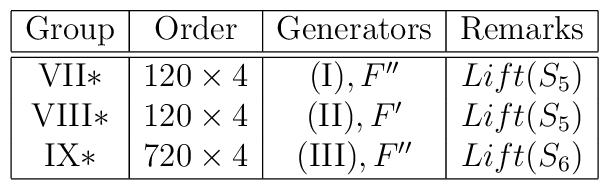
\begin{array}{|c|c|c|c|}\hline$Group$	& $Order$	& $Generators$ 	& $Remarks$ \\\hline \hline$VII$*	& 120\times 4	& ($I$),F''	& Lift(S_5)\\$VIII$*	& 120\times 4	& ($II$),F'	& Lift(S_5)\\$IX$*	& 720\times 4	& ($III$),F''	& Lift(S_6)\\\hline\end{array}